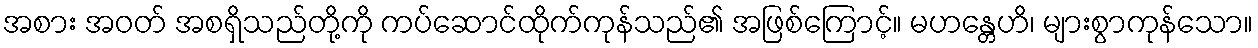
အစား အဝတ် အစရှိသည်တို့ကို ကပ်ဆောင်ထိုက်ကုန်သည်၏ အဖြစ်ကြောင့်။ မဟန္တေဟိ၊ များစွာကုန်သော။